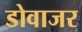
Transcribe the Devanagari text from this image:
डोवाजर